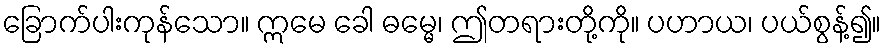
ခြောက်ပါးကုန်သော။ ဣမေ ခေါ ဓမ္မေ၊ ဤတရားတို့ကို။ ပဟာယ၊ ပယ်စွန့်၍။